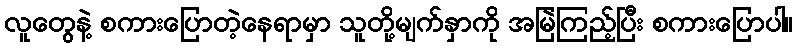
လူတွေနဲ့ စကားပြောတဲ့နေရာမှာ သူတို့မျက်နှာကို အမြဲကြည့်ပြီး စကားပြောပါ။